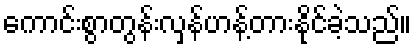
ကောင်းစွာတွန်းလှန်ဟန့်တားနိုင်ခဲ့သည်။